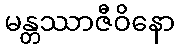
မန္တဿာဇီဝိနော